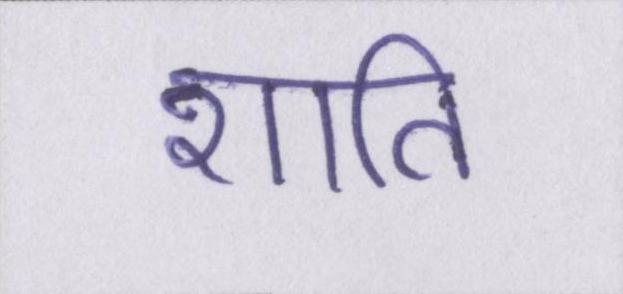
शाति